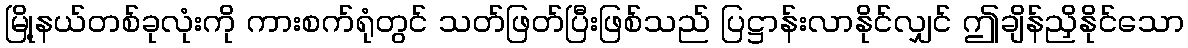
မြို့နယ်တစ်ခုလုံးကို ကားစက်ရုံတွင် သတ်ဖြတ်ပြီးဖြစ်သည် ပြဋ္ဌာန်းလာနိုင်လျှင် ဤချိန်ညှိနိုင်သော